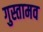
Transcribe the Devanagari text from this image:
गुस्तामव